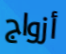
أزواج